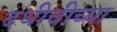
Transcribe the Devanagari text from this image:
दधीचीच्या